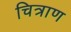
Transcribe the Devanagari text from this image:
चित्राण